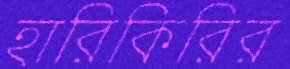
হারিকিরির